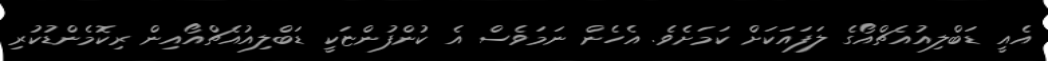
އެއީ ޑަބްލިއުއެޗްއޯގެ ލަފައަކަށް ކަމަށެވެ. އެހެން ނަމަވެސް އެ ކުންފުންޏަކީ ޑަބްލިއުއެޗްއޯއިން ރިކޮމެންޑުކުރި